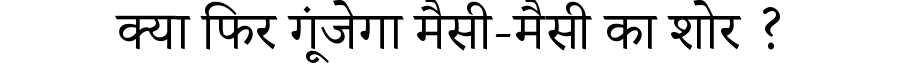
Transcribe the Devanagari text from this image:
क्या फिर गूंजेगा मैसी-मैसी का शोर ?